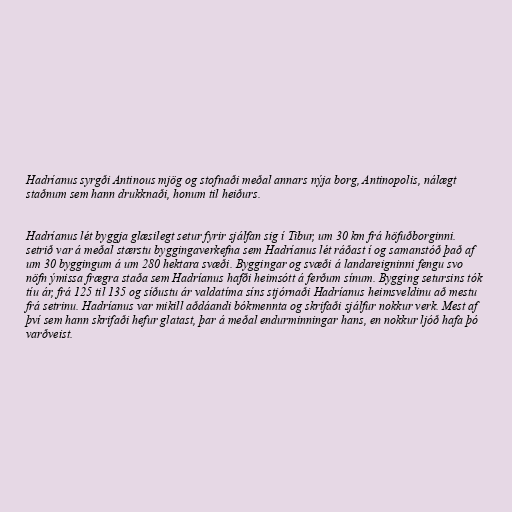
Hadríanus syrgði Antinous mjög og stofnaði meðal annars nýja borg, Antinopolis, nálægt
staðnum sem hann drukknaði, honum til heiðurs.

Hadríanus lét byggja glæsilegt setur fyrir sjálfan sig í Tibur, um 30 km frá höfuðborginni.
setrið var á meðal stærstu byggingaverkefna sem Hadríanus lét ráðast í og samanstóð það af
um 30 byggingum á um 280 hektara svæði. Byggingar og svæði á landareigninni fengu svo
nöfn ýmissa frægra staða sem Hadríanus hafði heimsótt á ferðum sínum. Bygging setursins tók
tíu ár, frá 125 til 135 og síðustu ár valdatíma síns stjórnaði Hadríanus heimsveldinu að mestu
frá setrinu. Hadríanus var mikill aðdáandi bókmennta og skrifaði sjálfur nokkur verk. Mest af
því sem hann skrifaði hefur glatast, þar á meðal endurminningar hans, en nokkur ljóð hafa þó
varðveist.